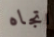
اتجاه